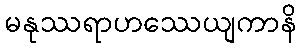
မနုဿရာဟဿေယျကာနိ